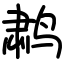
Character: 鹔